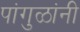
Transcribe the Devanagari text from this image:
पांगुळांनी